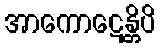
အာကောဋေန္တိပိ